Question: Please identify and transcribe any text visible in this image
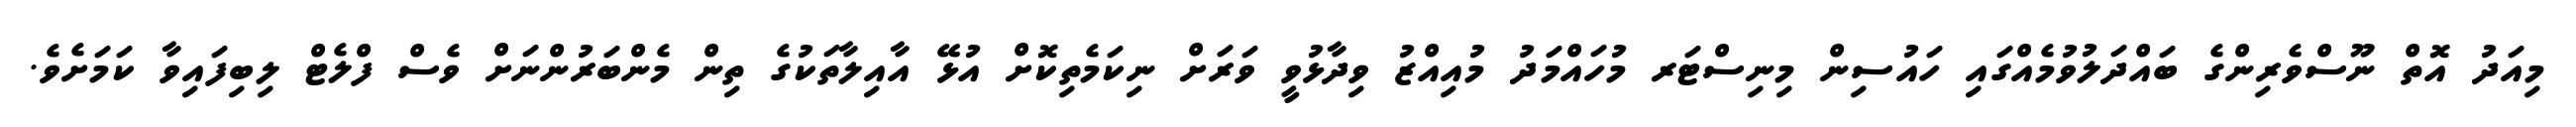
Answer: މިއަދު އޮތް ނޫސްވެރިންގެ ބައްދަލުވުމެއްގައި ހައުސިން މިނިސްޓަރ މުހައްމަދު މުއިއްޒު ވިދާޅުވީ ވަރަށް ނިކަމެތިކޮށް އުޅޭ އާއިލާތަކުގެ ތިން މެންބަރުންނަށް ވެސް ފްލެޓް ލިބިފައިވާ ކަމަށެވެ.